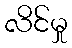
လိင်မှု